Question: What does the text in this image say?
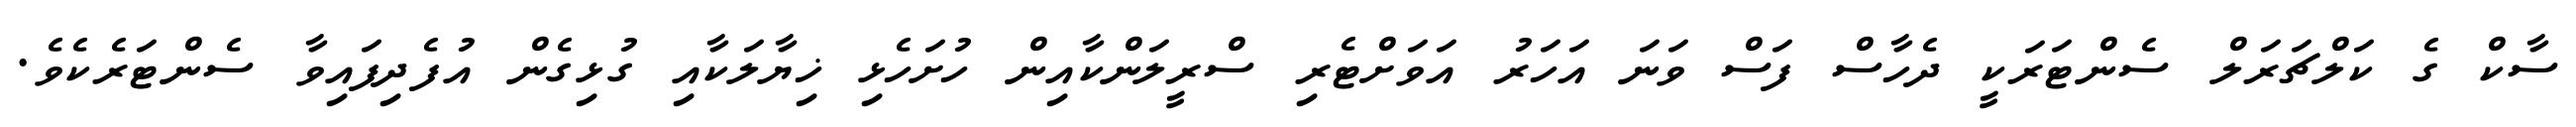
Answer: ސާކް ގެ ކަލްޗަރަލް ސެންޓަރަކީ ދެހާސް ފަސް ވަނަ އަހަރު އަވަށްޓެރި ސްރީލަންކާއިން ހުށަހެޅި ޚިޔާލަކާއި ގުޅިގެން އުފެދިފައިވާ ސެންޓަރެކެވެ.